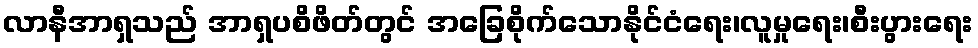
လာနီအာရှသည် အာရှပစိဖိတ်တွင် အခြေစိုက်သောနိုင်ငံရေး၊လူမှုရေး၊စီးပွားရေး